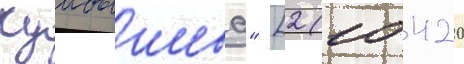
Куибышева" [2 (10 420